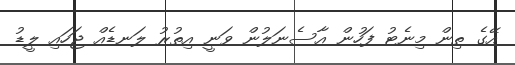
އޭގެ ތިން މިނެޓު ފަހުން އާސެނަލުން ވަނީ އިތުރު ލަނޑެއް ޖަހައި ލީޑު